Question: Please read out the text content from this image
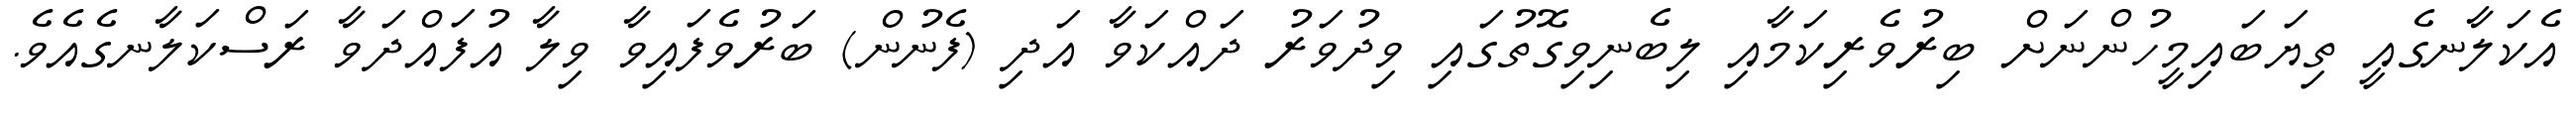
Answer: އެކަލާނގެއީ ތިޔަބައިމީހުންނަށް ބިރުވެރިކަމާއި ލިބެނިވިގޮތުގައި ވިދުވަރު ދައްކަވާ އަދި (ފެނުން) ބަރުވެފައިވާ ވިލާ އުފައްދަވާ ރަސްކަލާނގެއެވެ.